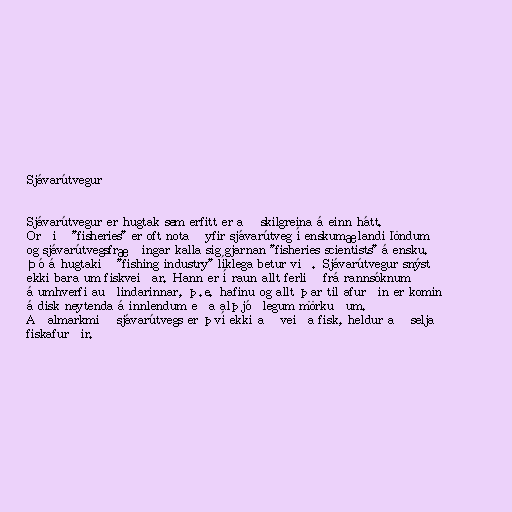
Sjávarútvegur

Sjávarútvegur er hugtak sem erfitt er að skilgreina á einn hátt.
Orðið "fisheries" er oft notað yfir sjávarútveg í enskumælandi löndum
og sjávarútvegsfræðingar kalla sig gjarnan "fisheries scientists" á ensku.
Þó á hugtakið "fishing industry" líklega betur við. Sjávarútvegur snýst
ekki bara um fiskveiðar. Hann er í raun allt ferlið frá rannsóknum
á umhverfi auðlindarinnar, þ.e. hafinu og allt þar til afurðin er komin
á disk neytenda á innlendum eða alþjóðlegum mörkuðum.
Aðalmarkmið sjávarútvegs er því ekki að veiða fisk, heldur að selja
fiskafurðir.